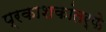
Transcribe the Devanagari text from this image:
प्रकाशकांतर्फे